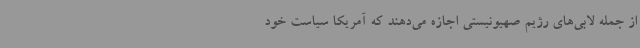
از جمله لابی‌های رژیم صهیونیستی اجازه می‌دهند که آمریکا سیاست‌ خود